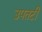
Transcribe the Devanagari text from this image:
उपतटी